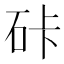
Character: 𰦯